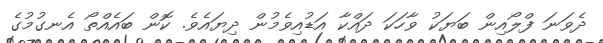
ދެވަނަ ފްލޯއިން ބަޔަކު ވާހަކަ ދައްކާ އަޑުއިވެމުން ދިޔައެވެ. ކޮން ބައެއްތޯ އެނގުމުގެ